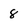
Character: 8